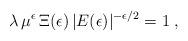
LaTeX: \begin{align*}\lambda \, \mu^{\epsilon} \,\Xi (\epsilon)\, | E (\epsilon) |^{-\epsilon/2} = 1 \; ,\end{align*}